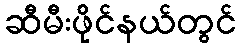
ဆီမီးဖိုင်နယ်တွင်